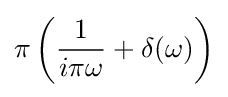
\pi \left({\frac {1}{i\pi \omega }}+\delta (\omega )\right)